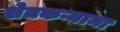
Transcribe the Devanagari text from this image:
शेतकऱ्याना